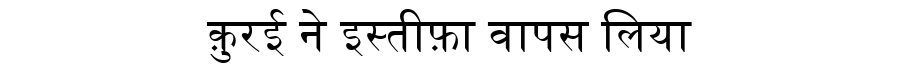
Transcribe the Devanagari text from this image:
क़ुरई ने इस्तीफ़ा वापस लिया